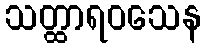
သတ္ထာရဝသေန